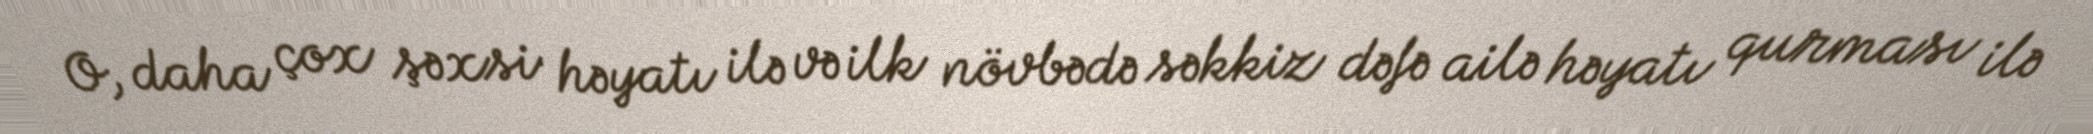
O, daha çox şəxsi həyatı ilə və ilk növbədə səkkiz dəfə ailə həyatı qurması ilə